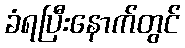
ခံရပြီးနောက်တွင်